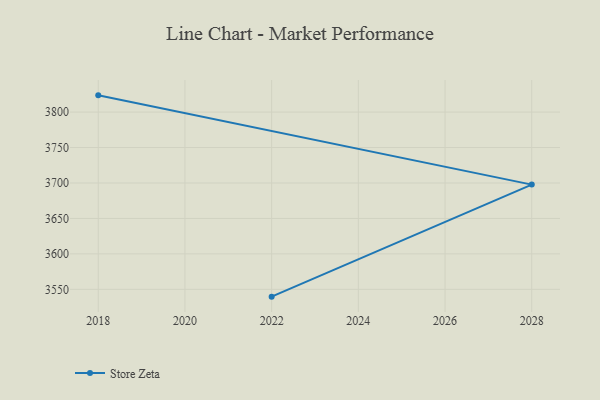
{"axis": {"x": "Year", "y": "Satisfaction Score"}, "legend": ["Store Zeta"], "data": [{"x": "2022", "y": 3539.7, "type": "Store Zeta"}, {"x": "2028", "y": 3697.7, "type": "Store Zeta"}, {"x": "2018", "y": 3823.6, "type": "Store Zeta"}]}